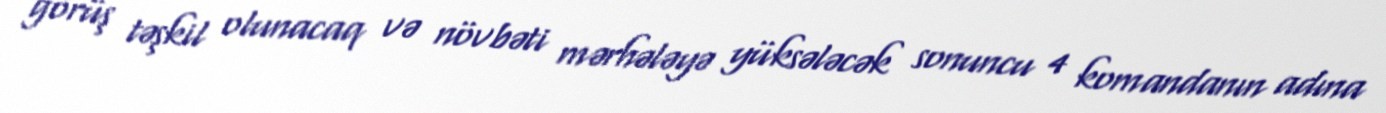
görüş təşkil olunacaq və növbəti mərhələyə yüksələcək sonuncu 4 komandanın adına